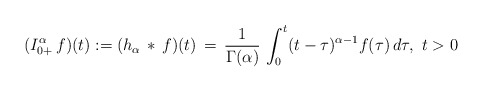
\begin{align*}(I^\alpha_{0+}\, f)(t) := (h_\alpha\, * \, f)(t) \, = \, \frac{1}{\Gamma(\alpha)}\, \int_0^t (t-\tau)^{\alpha-1}f(\tau)\, d\tau,\ t>0\end{align*}